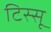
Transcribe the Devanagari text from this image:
टिस्सू